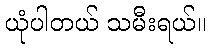
ယုံပါတယ် သမီးရယ်။